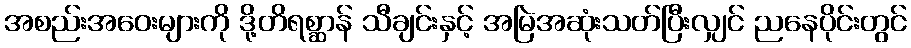
အစည်းအဝေးများကို ဒို့တိရစ္ဆာန် သီချင်းနှင့် အမြဲအဆုံးသတ်ပြီးလျှင် ညနေပိုင်းတွင်